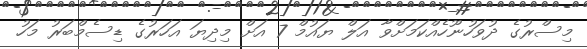
މިސްރުގެ ދުވަހުނޫހެއްކަމަށްވާ އަލް ޔައުމް 7 އަށް މިދިޔަ އަހަރުގެ ޑިސެމްބަރު މަހު